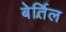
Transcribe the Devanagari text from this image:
बेर्तिल